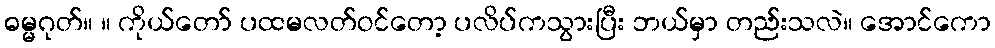
ဓမ္မဂုတ်။ ။ ကိုယ်တော် ပထမလတ်ဝင်တော့ ပလိပ်ကသွားပြီး ဘယ်မှာ တည်းသလဲ။ အောင်ကော